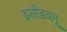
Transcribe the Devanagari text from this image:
इसीडब्लू